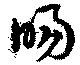
暘